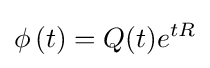
\phi \,(t)=Q(t)e^{tR}